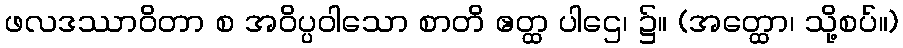
ဖလဒဿာဝိတာ စ အဝိပ္ပဝါသော စာတိ ဧတ္ထ ပါဌေ၊ ၌။ (အတ္ထော၊ သို့စပ်။)